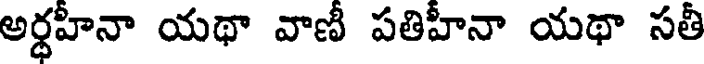
అర్ధహీనా యథా వాణీ పతిహీనా యథా సతీ